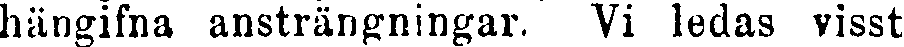
hängifna ansträngningar. Vi ledas visst